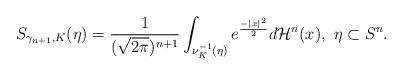
LaTeX: \begin{align*}S_{\gamma_{n+1},K}(\eta)=\frac{1}{(\sqrt{2\pi})^{n+1}}\int_{\nu_{K}^{-1}(\eta)}e^{\frac{-|x|^2}{2}}d\mathcal{H}^{n}(x), \, \, \eta\subset S^n.\end{align*}